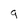
Character: g